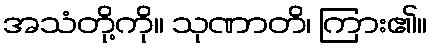
အသံတို့ကို။ သုဏာတိ၊ ကြား၏။